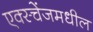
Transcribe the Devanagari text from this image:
एक्स्चेंजमधील